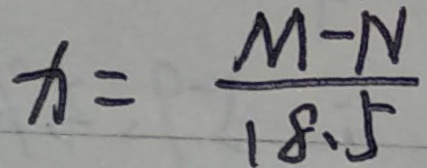
x = \frac { M - N } { 1 8 . 5 }